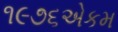
૧૯૭૬એકમ